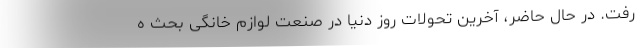
رفت. در حال حاضر، آخرین تحولات روز دنیا در صنعت لوازم خانگی بحث ه